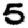
Digit: 5